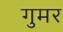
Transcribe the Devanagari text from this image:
गुमर